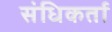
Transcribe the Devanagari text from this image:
संधिकर्ता